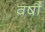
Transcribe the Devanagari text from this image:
वर्षौं